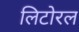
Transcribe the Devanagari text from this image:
लिटोरल